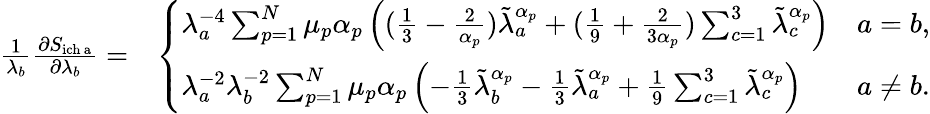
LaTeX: \begin{array}{rl}{\frac{1}{\lambda_{b}}\frac{\partial S_{\mathrm{ich~a}}}{\partial\lambda_{b}}=}&{\left\{ \begin{array}{ll}{\lambda_{a}^{-4}\sum_{p=1}^{N}\mu_{p}\alpha_{p}\left((\frac{1}{3}-\frac{2}{\alpha_{p}})\tilde{\lambda}_{a}^{\alpha_{p}}+(\frac{1}{9}+\frac{2}{3\alpha_{p}})\sum_{c=1}^{3}\tilde{\lambda}_{c}^{\alpha_{p}}\right)}&{a=b,}\\ {\lambda_{a}^{-2}\lambda_{b}^{-2}\sum_{p=1}^{N}\mu_{p}\alpha_{p}\left(-\frac{1}{3}\tilde{\lambda}_{b}^{\alpha_{p}}-\frac{1}{3}\tilde{\lambda}_{a}^{\alpha_{p}}+\frac{1}{9}\sum_{c=1}^{3}\tilde{\lambda}_{c}^{\alpha_{p}}\right)}&{a\neq b.}\end{array}\right.}\end{array}